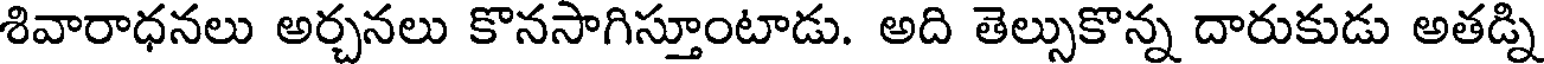
శివారాధనలు అర్చనలు కొనసాగిస్తూంటాడు. అది తెల్సుకొన్న దారుకుడు అతడ్ని